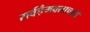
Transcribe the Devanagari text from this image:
सर्वहैमवताचार्य